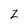
Character: Z